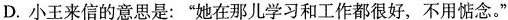
D.小王来信的意思是：”她在那儿学习和工作都很好，不用惦念。”